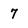
Character: 7